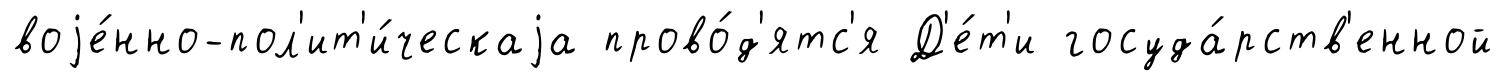
воjе́нно-пол'ит'и́ческаjа прово́д'ятс'я Д'е́т'и госуда́рств'енной